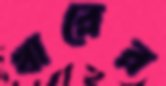
খারের